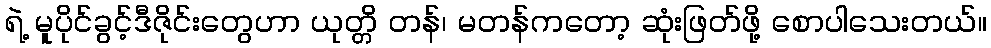
ရဲ့ မူပိုင်ခွင့်ဒီဇိုင်းတွေဟာ ယုတ္တိ တန်၊ မတန်ကတော့ ဆုံးဖြတ်ဖို့ စောပါသေးတယ်။